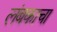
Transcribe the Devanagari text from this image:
लंबकाचा